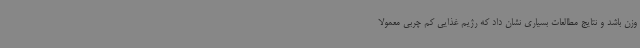
وزن باشد و نتایج مطالعات بسیاری نشان داد که رژیم غذایی کم چربی معمولا